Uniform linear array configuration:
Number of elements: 8
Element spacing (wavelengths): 0.75
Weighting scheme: blackman
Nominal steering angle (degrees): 30
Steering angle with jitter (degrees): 30.848
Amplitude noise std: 0.05
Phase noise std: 0.05

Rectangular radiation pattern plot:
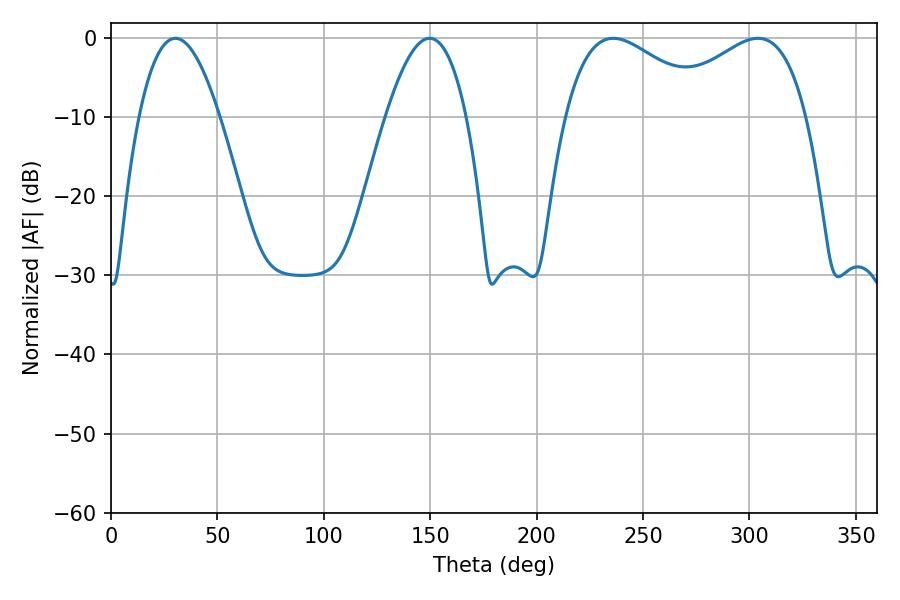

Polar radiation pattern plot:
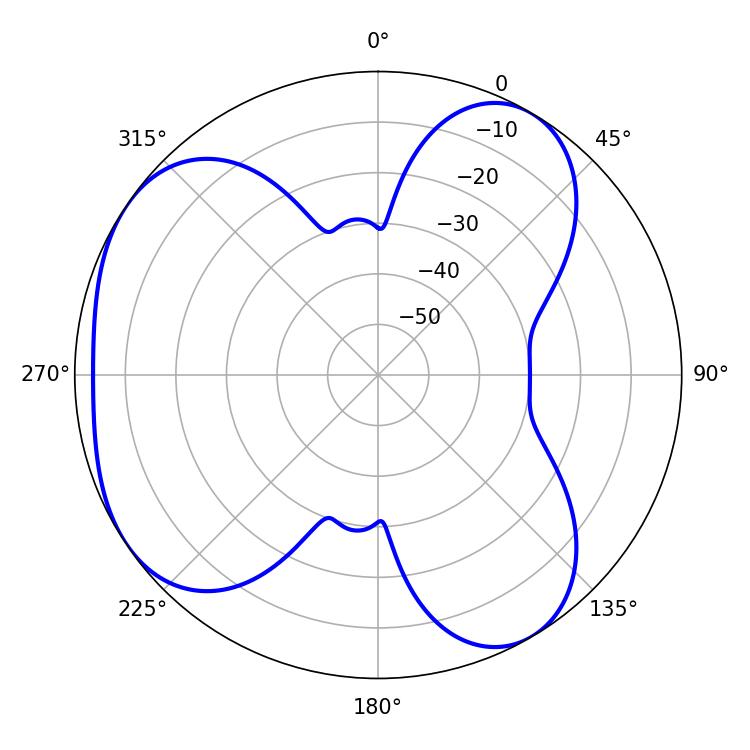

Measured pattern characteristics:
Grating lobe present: TRUE
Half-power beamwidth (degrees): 37.62
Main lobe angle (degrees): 235.98